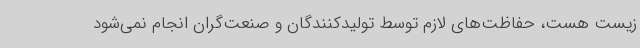
زیست هست، حفاظت‌های لازم توسط تولیدکنندگان و صنعت‌گران انجام نمی‌شود